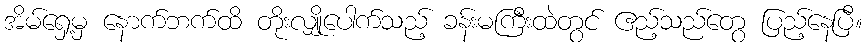
အိမ်ရှေ့မှ နောက်ဘက်ထိ တိုးလျှိုပေါက်သည့် ခန်းမကြီးထဲတွင် ဧည့်သည်တွေ ပြည့်နေပြီ။